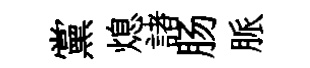
黨熄諸肠脈